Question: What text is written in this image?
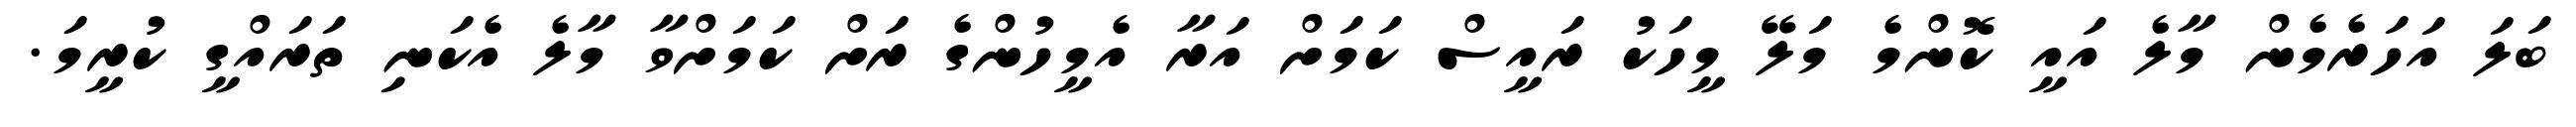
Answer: ބަލަ އަހަރެމެން މާލެ އައީ ކޮންމެ މަލޭ މީހަކު ރައީސް ކަމަށް އަރާ އެމީހުންގެ ރަށް ކަމަށްވާ މާލެ އެކަނި ތަރައްގީ ކުރީމަ.